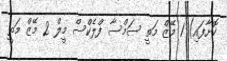
ކޮށާފައި) 1 މޭޒް މަތީ ސަމްސާ ފްލެކްސް މީލް 2 މޭޒް މަތީ